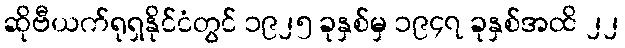
ဆိုဗီယက်ရုရှနိုင်ငံတွင် ၁၉၂၅ ခုနှစ်မှ ၁၉၄၇ ခုနှစ်အထိ ၂၂